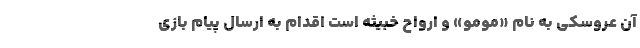
آن عروسکی به ‌نام «مومو» و ارواح خبیثه است اقدام به ارسال پیام بازی